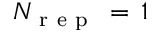
N _ { \mathrm { ~ r ~ e ~ p ~ } } \, = \, 1